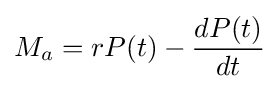
M_{a}=rP(t)-{\frac {dP(t)}{dt}}